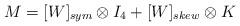
LaTeX: \begin{align*}M=[W]_{sym}\otimes I_{4}+[W]_{skew}\otimes K\end{align*}